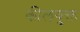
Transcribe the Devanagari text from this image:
कीलयुक्त